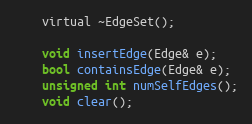
Language: C
	virtual ~EdgeSet();

	void insertEdge(Edge& e);
	bool containsEdge(Edge& e);
	unsigned int numSelfEdges();
	void clear();